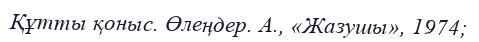
Құтты қоныс. Өлеңдер. А., «Жазушы», 1974;